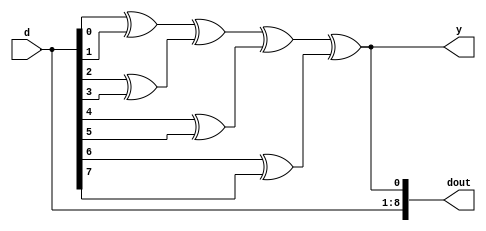
module paritygen_8( input [7:0] d, output y,
output [8:0] dout
);
wire y0,y1,y2,y3; assign y0=d[0]^d[1]; assign y1=d[2]^d[3]; assign y2=d[4]^d[5]; assign y3=d[6]^d[7]; assign y=y0^y1^y2^y3; assign dout={d,y};



endmodule